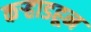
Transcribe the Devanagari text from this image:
कर्‍हाडहून